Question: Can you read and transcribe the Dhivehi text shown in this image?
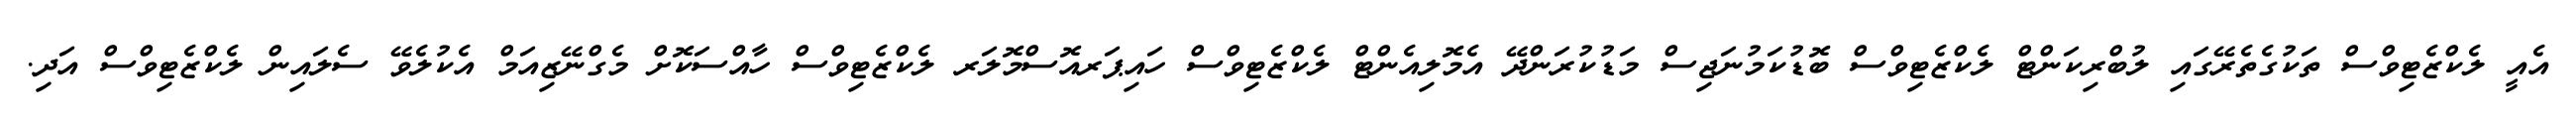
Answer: އެއީ ލެކްޒެޓިވްސް ތަކުގެތެރޭގައި ލުބްރިކަންޓް ލެކްޒެޓިވްސް ބޮޑުކަމުނަޖިސް މަޑުކުރަންދޭ އެމޮލިއެންޓް ލެކްޒެޓިވްސް ހައިޕަރއޮސްމޮލަރ ލެކްޒެޓިވްސް ހާއްސަކޮށް މެގްނޭޒިއަމް އެކުލެވޭ ސެލައިން ލެކްޒެޓިވްސް އަދި.